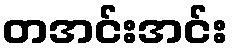
တအင်းအင်း